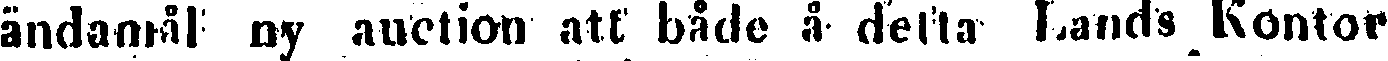
ändamål ny auction att både å detta Lands Kontor